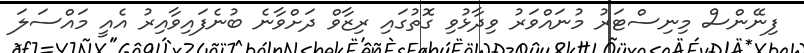
ފިނޭންސް މިނިސްޓަރު މުނައްވަރު ވިދާޅުވި ގޮތުގައި ރިޒާވް ދަށްވާނެ ބުނެފައިވާއިރު އެއީ މައްސަލަ